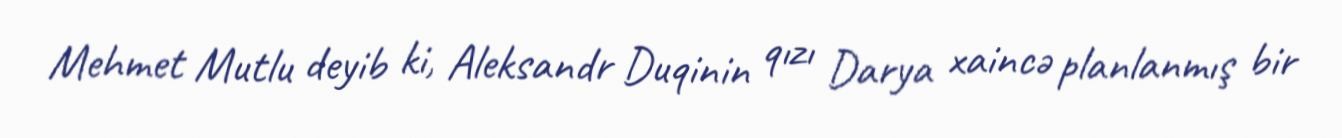
Mehmet Mutlu deyib ki, Aleksandr Duqinin qızı Darya xaincə planlanmış bir